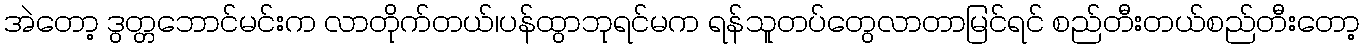
အဲတော့ ဒွတ္တဘောင်မင်းက လာတိုက်တယ်၊ပန်ထွာဘုရင်မက ရန်သူတပ်တွေလာတာမြင်ရင် စည်တီးတယ်စည်တီးတော့